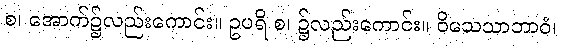
စ၊ အောက်၌လည်းကောင်း။ ဥပရိ စ၊ ၌လည်းကောင်း။ ဝိသေသာဘာဝံ၊